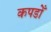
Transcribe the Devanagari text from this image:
कपडोँ